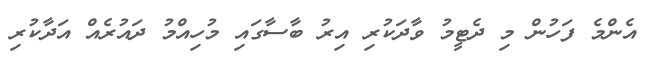
އެންމެ ފަހުން މި ދެޓީމު ވާދަކުރި އިރު ބާސާގައި މުހިއްމު ދައުރެއް އަދާކުރި